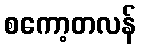
စကော့တလန်